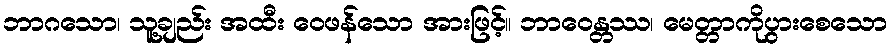
ဘာဂသော၊ သူ့ချည်း အထီး ဝေဖန်သော အားဖြင့်။ ဘာဝေန္တဿ၊ မေတ္တာကိုပွားစေသော